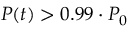
P ( t ) > 0 . 9 9 \cdot P _ { 0 }